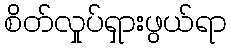
စိတ်လှုပ်ရှားဖွယ်ရာ